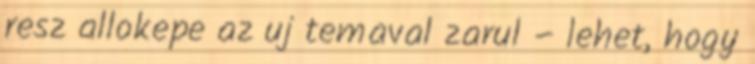
resz allokepe az uj temaval zarul – lehet, hogy